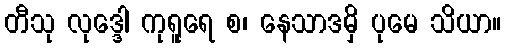
တီသု လုဒ္ဒေါ ကုရူရေ စ၊ နေသာဒမှိ ပုမေ သိယာ။